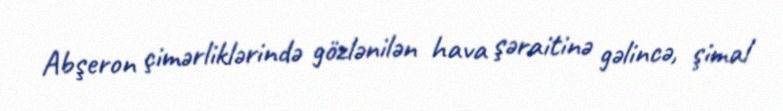
Abşeron çimərliklərində gözlənilən hava şəraitinə gəlincə, şimal